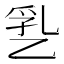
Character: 㐠